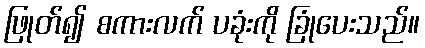
ဖြုတ်၍ စကားလက် ပခုံးကို ခြုံပေးသည်။